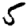
Digit: 5